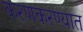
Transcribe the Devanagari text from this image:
करणकरण्यात